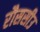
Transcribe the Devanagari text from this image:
रौससीउ